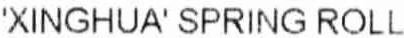
'XINGHUA'SPRING ROLL